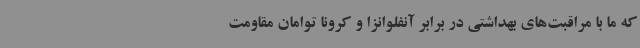
که ما با مراقبت‌های بهداشتی در برابر آنفلوانزا و کرونا توامان مقاومت